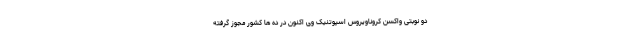
دو نوبتی واکسن کروناویروس اسپوتنیک وی اکنون در ده ها کشور مجوز گرفته